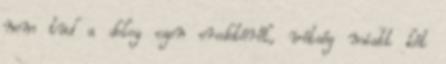
nem tud a dolog ezen eredetéről, vétség miatt két